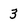
Character: 3